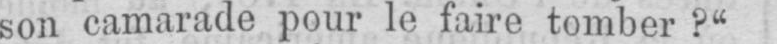
son camarade pour le faire tomber?“